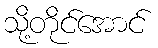
သို့တိုင်အောင်